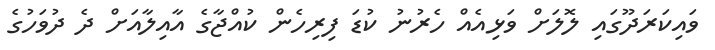
ވައިކަރަދޫގައި ލޮލަށް ވަޅިއެއް ހެރުނު ކުޑަ ފިރިހެން ކުއްޖާގެ އާއިލާއަށް ދެ ދުވަހުގެ